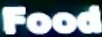
Food